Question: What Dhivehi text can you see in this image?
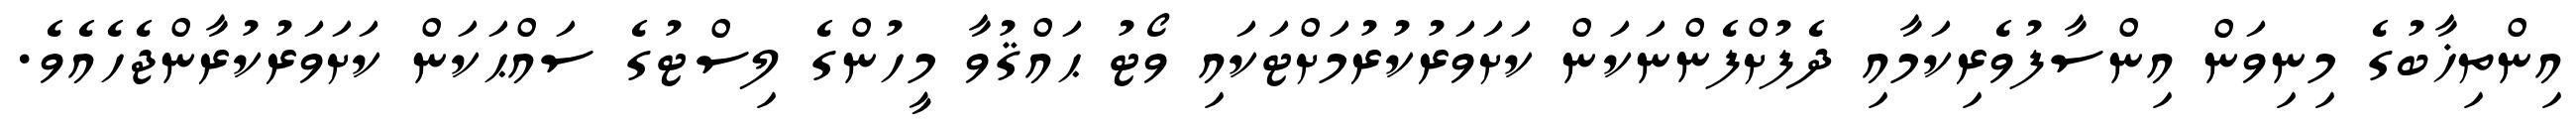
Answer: އިންތިޚާބުގެ މިނިވަން އިންސާފުވެރިކަމާއި ދެފުށްފެންނަކަން ކަށަވަރުކުރުމަށްޓަކައި ވޯޓު ޙައްޤުވާ މީހުންގެ ލިސްޓުގެ ސައްޙަކަން ކަށަވަރުކުރާންޖެހެއެވެ.